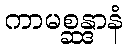
ကာမစ္ဆန္ဒာနံ